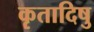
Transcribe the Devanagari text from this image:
कृतादिषु